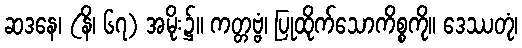
ဆဒနေ၊ (နိ၊ ၆၇) အမိုး၌။ ကတ္တဗ္ဗံ၊ ပြုထိုက်သောကိစ္စကို။ ဒေဿတုံ၊